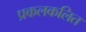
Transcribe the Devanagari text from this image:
प्रकलकलित